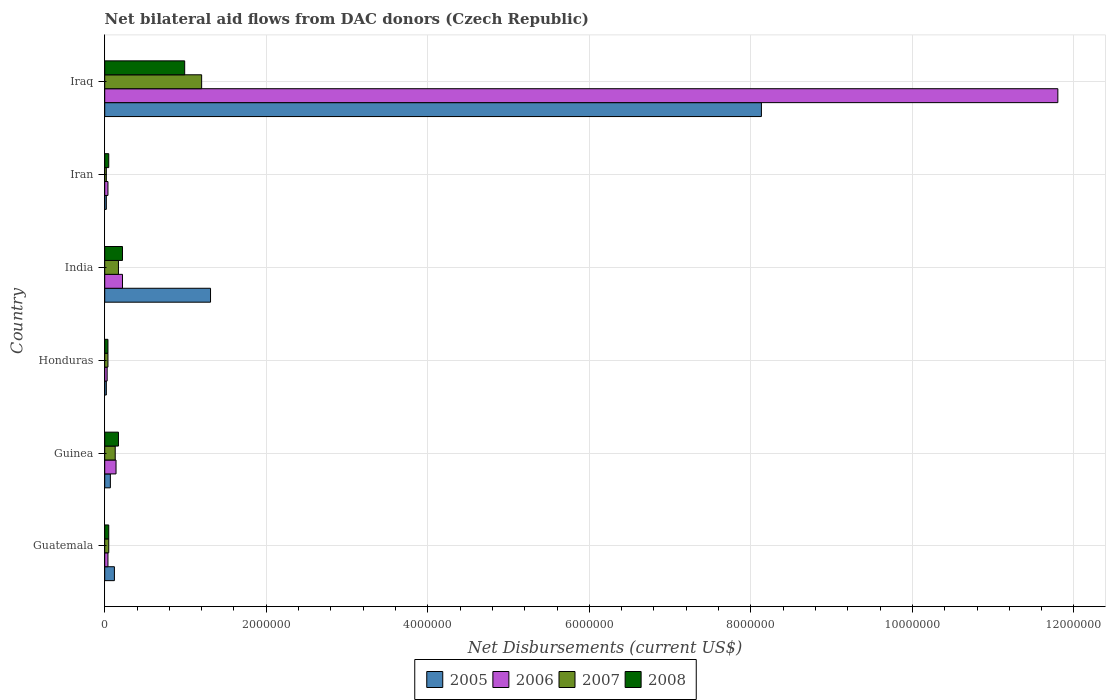
| Country | 2005 | 2006 | 2007 | 2008 |
 | --- | --- | --- | --- | --- |
 | Guatemala | 1.2e+05 | 4e+04 | 5e+04 | 5e+04 |
 | Guinea | 7e+04 | 1.4e+05 | 1.3e+05 | 1.7e+05 |
 | Honduras | 2e+04 | 3e+04 | 4e+04 | 4e+04 |
 | India | 1.31e+06 | 2.2e+05 | 1.7e+05 | 2.2e+05 |
 | Iran | 2e+04 | 4e+04 | 2e+04 | 5e+04 |
 | Iraq | 8.13e+06 | 1.18e+07 | 1.2e+06 | 9.9e+05 |